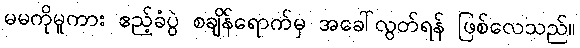
မမကိုမူကား ဧည့်ခံပွဲ စချိန်ရောက်မှ အခေါ်လွတ်ရန် ဖြစ်လေသည်။